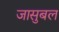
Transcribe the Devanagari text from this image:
जासुबल